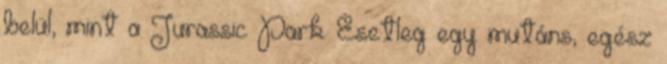
belül, mint a Jurassic Park. Esetleg egy mutáns, egész